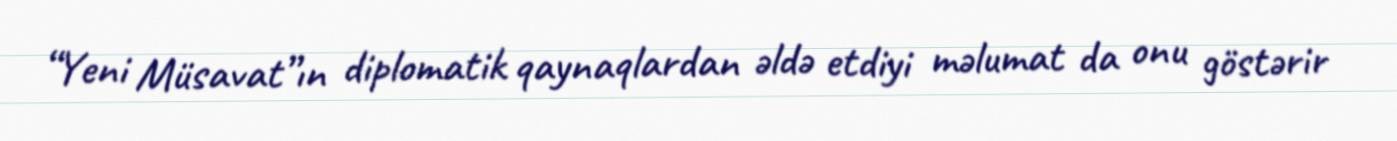
“Yeni Müsavat”ın diplomatik qaynaqlardan əldə etdiyi məlumat da onu göstərir